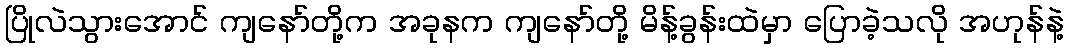
ပြိုလဲသွားအောင် ကျနော်တို့က အခုနက ကျနော်တို့ မိန့်ခွန်းထဲမှာ ပြောခဲ့သလို အဟုန်နဲ့